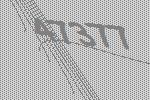
47377